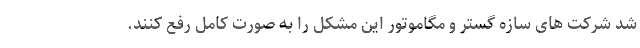
شد شرکت های سازه گستر و مگاموتور این مشکل را به صورت کامل رفع کنند.